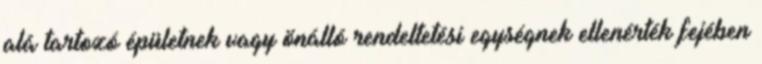
alá tartozó épületnek vagy önálló rendeltetési egységnek ellenérték fejében